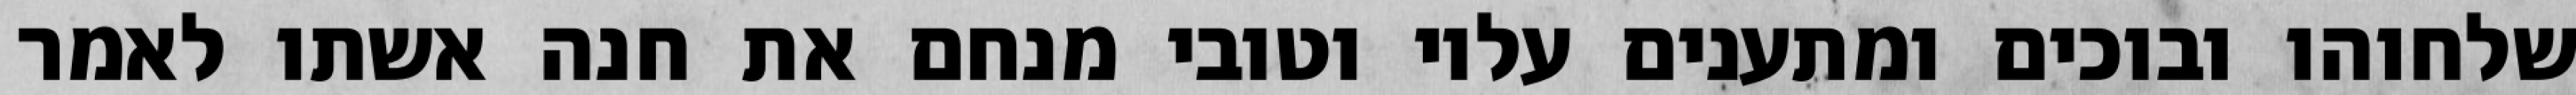
שלחוהו ובוכים ומתענים עליו וטובי מנחם את חנה אשתו לאמר